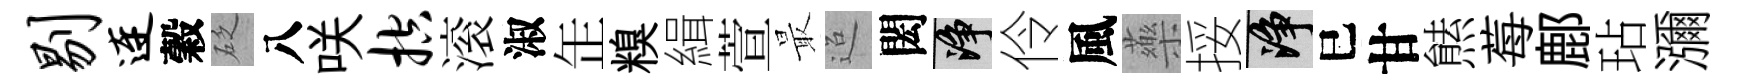
剔连穀砭八咲控滚淑𦈢糗緝萱最迢閎净伶風藥挼净巳甘㷱莓鄜玷瀰